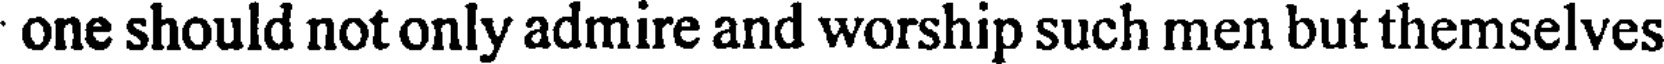
one should not only admire and worship such men but themselves